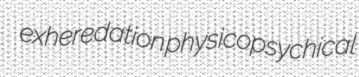
exheredation physicopsychical